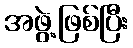
အဖွဲ့ဖြစ်ပြီး